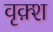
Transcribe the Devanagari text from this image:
वृक़्श